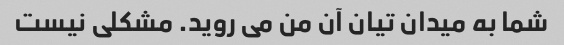
شما به میدان تیان آن من می روید. مشکلی نیست